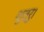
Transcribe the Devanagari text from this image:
शुत्रु।